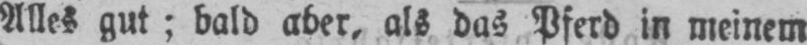
Alles gut; bald aber, als das Pferd in meinem